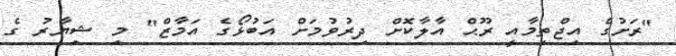
"ރަށުގެ އިޖްތިމާއީ ރޫޙް އާލާކޮށް ދިރުވުމަށް އަބުޅޯގެ އަމާޒް" މި ޝިޔާރު ގެ